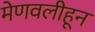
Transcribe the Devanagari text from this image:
मेणवलीहून